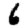
Digit: 6